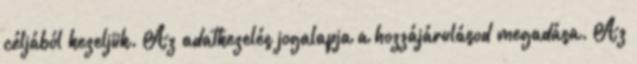
céljából kezeljük. Az adatkezelés jogalapja a hozzájárulásod megadása. Az